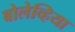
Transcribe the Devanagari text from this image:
बोलेव्हिया